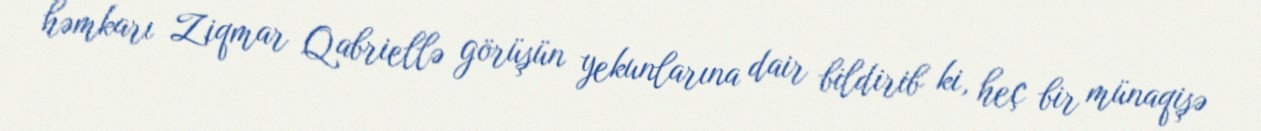
həmkarı Ziqmar Qabriellə görüşün yekunlarına dair bildirib ki, heç bir münaqişə